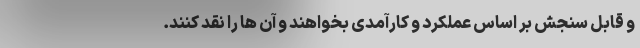
و قابل سنجش بر اساس عملکرد و کارآمدی بخواهند و آن ها را نقد کنند.